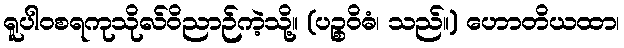
ရူပါဝစရကုသိုလ်ဝိညာဉ်ကဲ့သို့။ (ပဉ္စဝိဓံ၊ သည်။) ဟောတိယထာ၊